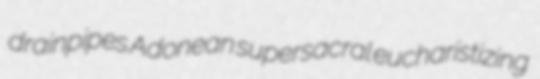
drainpipes Adonean supersacral eucharistizing